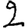
Digit: 2